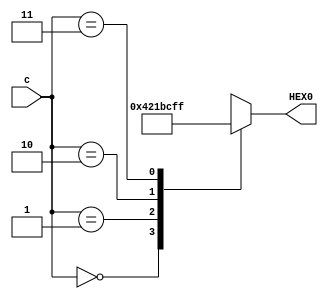
module Lab1Part4(
  input [1:0] c,
  output reg [6:0] HEX0
);

always @* 
begin
  case(c)
    2'b00: HEX0 = 7'b0100001; // Display 'd'
    2'b01: HEX0 = 7'b0000110; // Display 'E'
    2'b10: HEX0 = 7'b1111001; // Display '1'
    2'b11: HEX0 = 7'b1111111; // Display blank
    default: HEX0 = 7'b1111111; // Default Blank
  endcase
end

endmodule